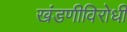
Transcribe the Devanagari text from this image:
खंडणीविरोधी